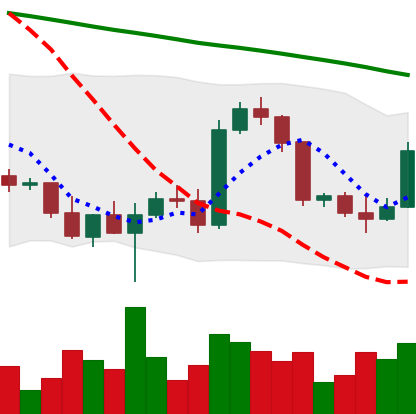
Ticker: BTC-USD
Chart end date: 2022-03-09
Forward return: -5.517%
Label: down_5_7